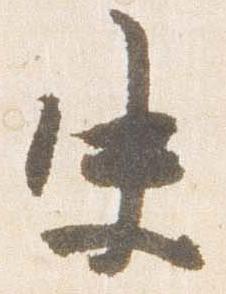
史